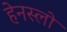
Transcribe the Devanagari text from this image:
हेनस्लो